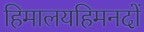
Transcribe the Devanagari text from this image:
हिमालयहिमनदों